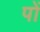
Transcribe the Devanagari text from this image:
पों